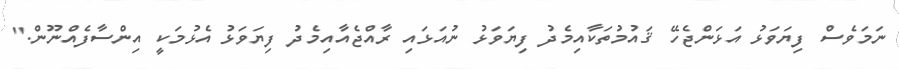
ނަމަވެސް ފިޔަވަޅު އަޅަންޖެހޭ ޤައުމުތަކާއިމެދު ފިޔަވަޅު ނުއަޅައި ރާއްޖެއާއިމެދު ފިޔަވަޅު އެޅުމަކީ އިންސާފެއްނޫން."